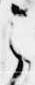
之